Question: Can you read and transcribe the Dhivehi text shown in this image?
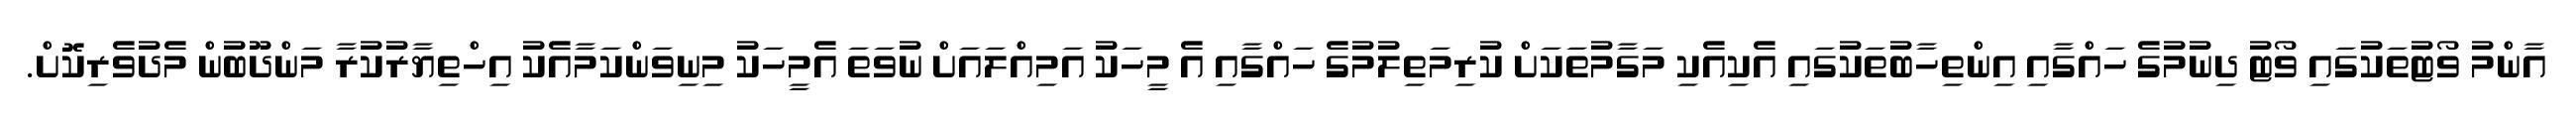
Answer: އާންމު ވޯޓުތަކުގައި ވޯޓު ދިނުމުގެ ހައްގާއި އިންތިހާބުތަކުގައި އެކިއެކި މަގާމުތަކަށް ކުރިމަތިލުމުގެ ހައްގާއި އެ މީހަކު އަމިއްލައަށް ނުވަތަ އެމީހަކު މިނިވަންކަމާއެކު އިހްތިޔާރުކުރާ މަންދޫބުން މެދުވެރިކޮށް.